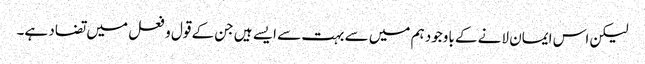
لیکن اس ایمان لانے کے باوجود ہم میں سے بہت سے ایسے ہیں جن کے قول و فعل میں تضاد ہے۔